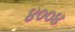
૪૦૦૪